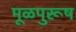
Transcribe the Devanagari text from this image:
मूळपुरूष